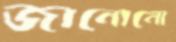
জানোনো